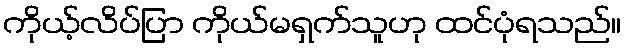
ကိုယ့်လိပ်ပြာ ကိုယ်မရှက်သူဟု ထင်ပုံရသည်။